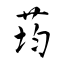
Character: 荺